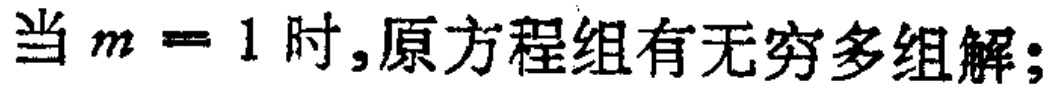
当 \(m = 1\) 时,原方程组有无穷多组解;